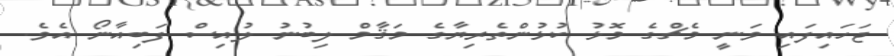
ޖަހައިފައި ވަނީ މެޗްގެ މޮޅު ކުޅުންތެރިޔާގެ މަޤާމް ލިބުނު ލުއިސް ފަބިއާނޯ އެވެ.